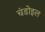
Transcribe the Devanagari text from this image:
चंडोइल